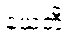
နယတီ